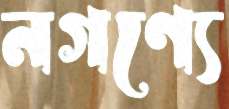
নগণ্যে